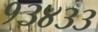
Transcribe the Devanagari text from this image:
१३४३३